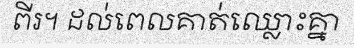
ពីរ។ ដល់ពេលគាត់ឈ្លោះគ្នា